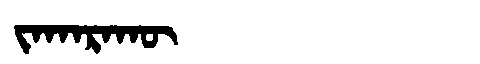
Manchu: ᠵᠠᡴᠠᡵᠠᡴᡡ
Romanization: JAKARAKŪ